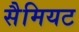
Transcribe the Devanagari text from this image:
सैमियट